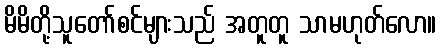
မိမိတို့သူတော်စင်များသည် အတူတူ သာမဟုတ်လော။